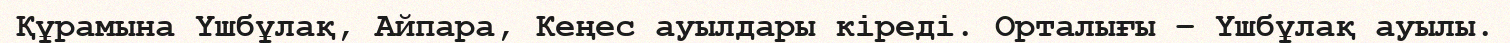
Құрамына Үшбұлақ, Айпара, Кеңес ауылдары кіреді. Орталығы – Үшбұлақ ауылы.